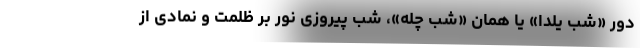
دور «شب یلدا» یا همان «شب چله»، شب پیروزی نور بر ظلمت و نمادی از